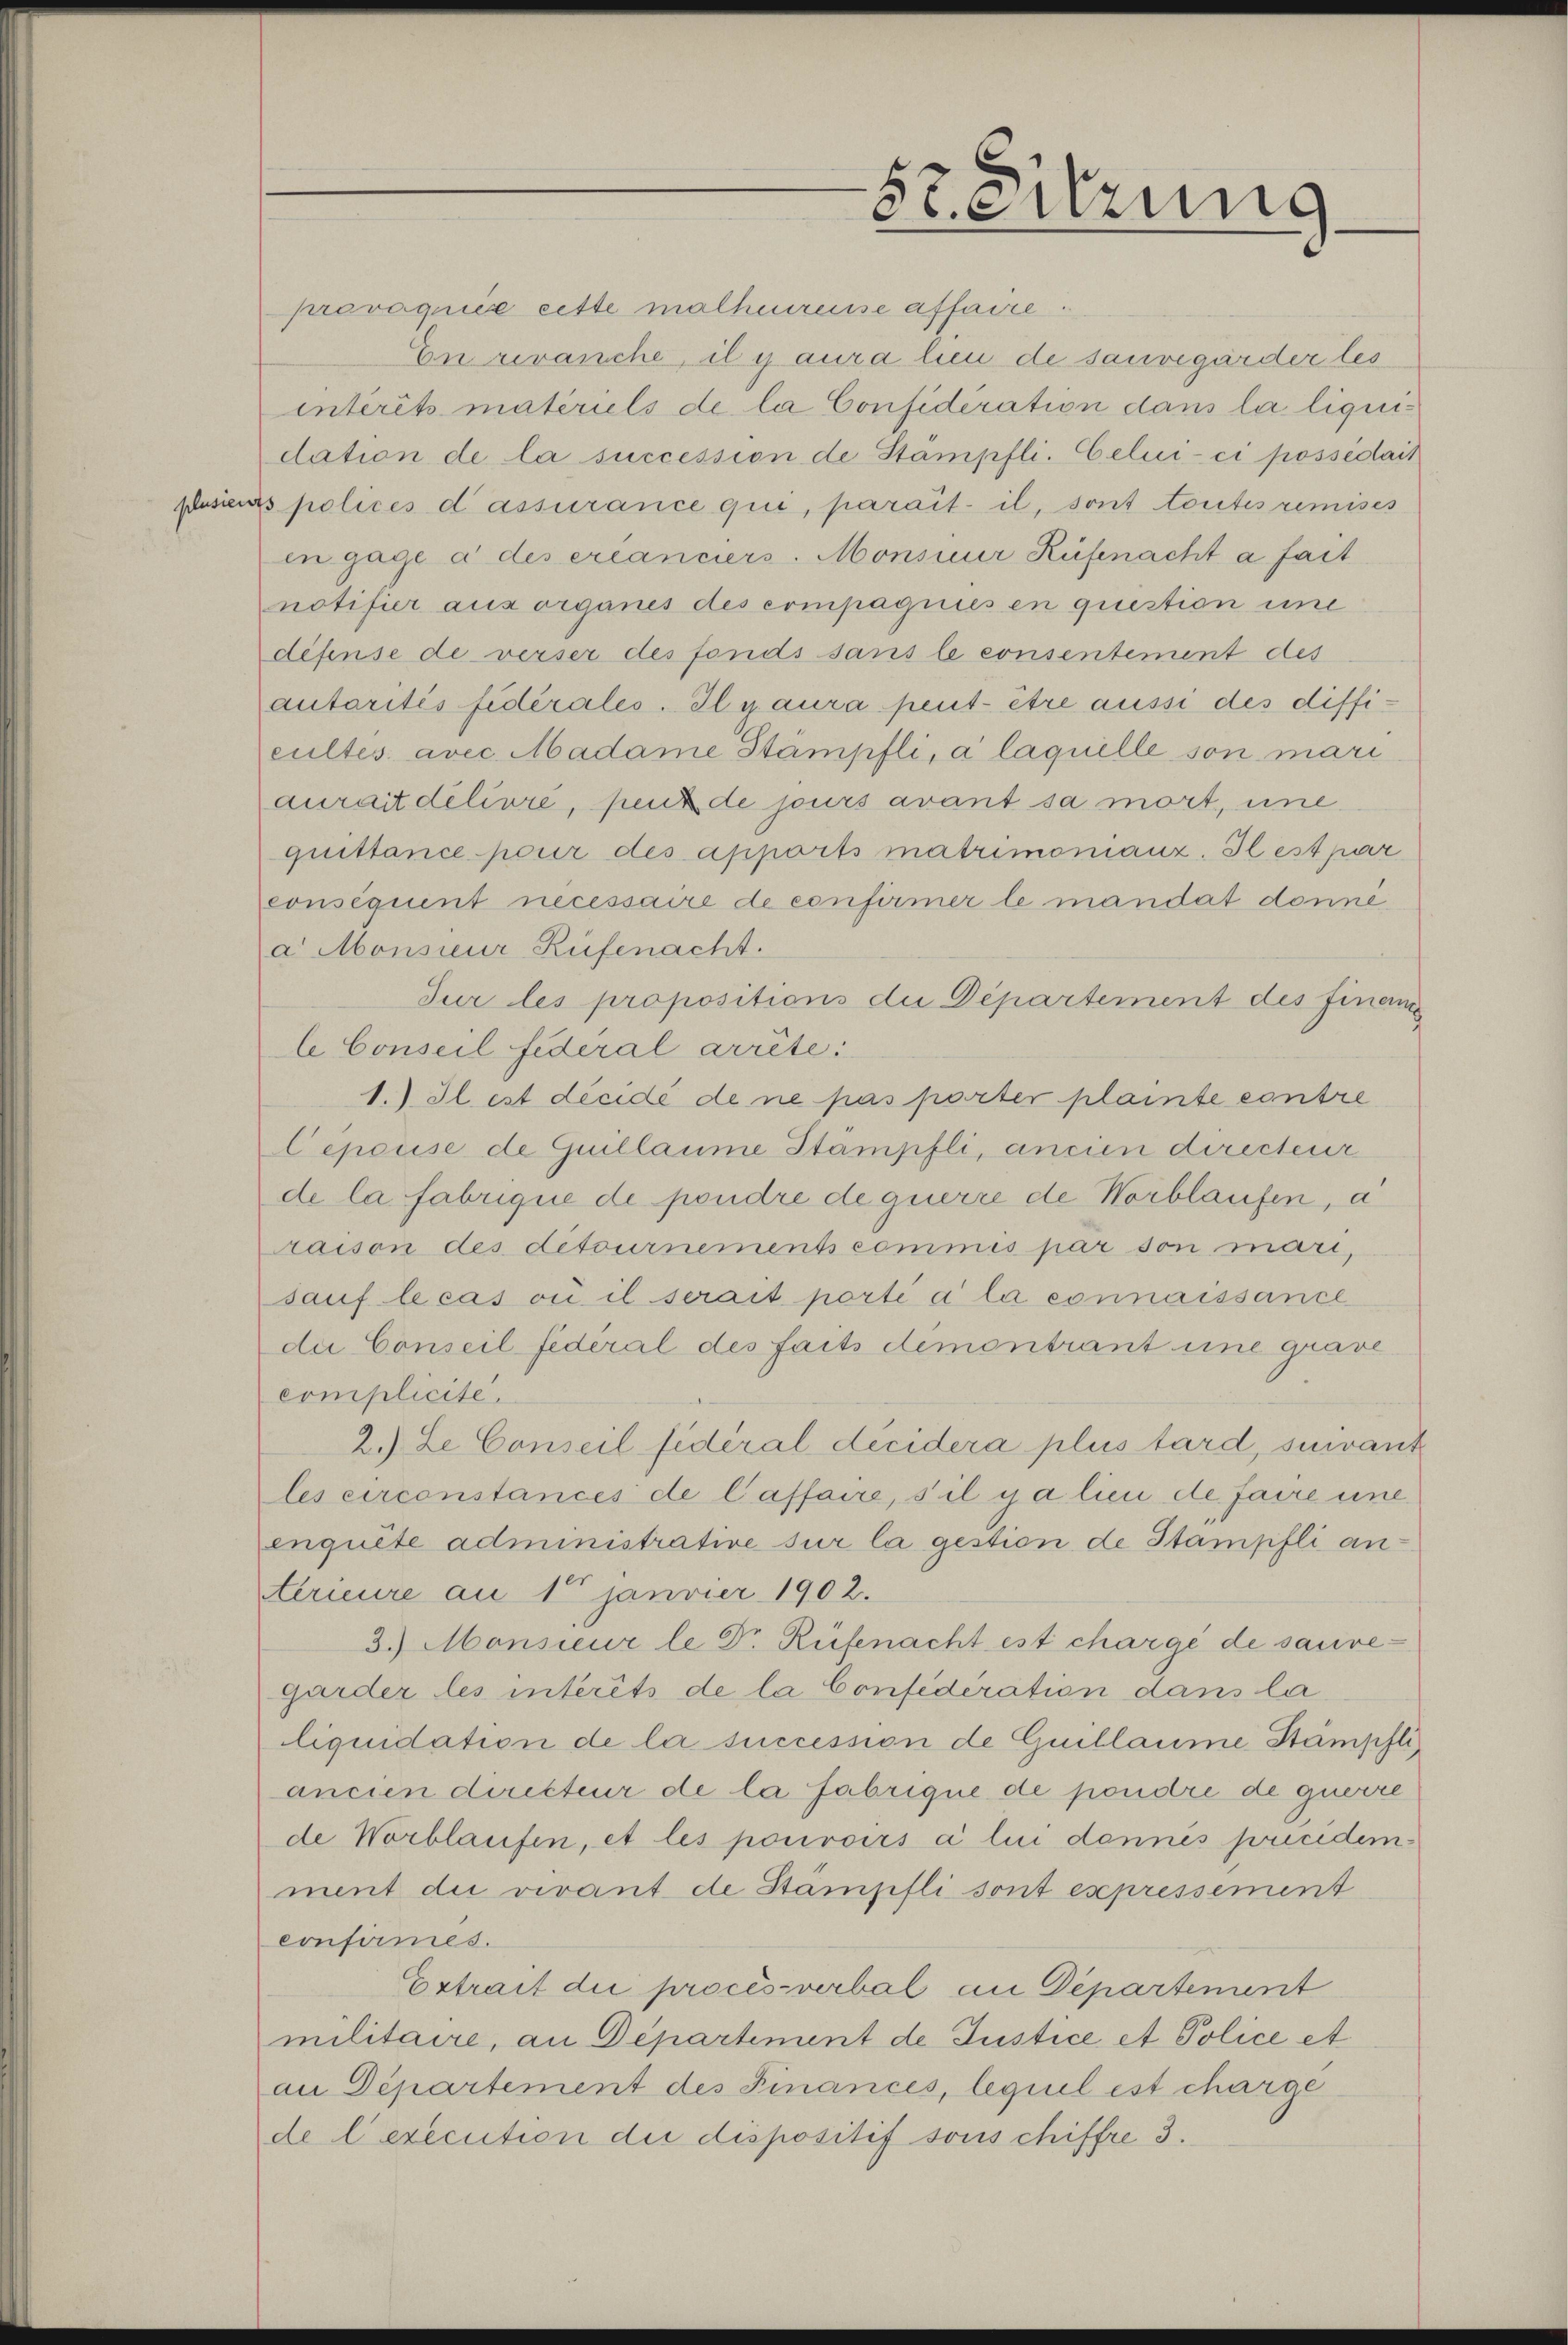
sli

usier

Steirung

provaquiis eitte malheureise affaire.
En zranche, il y aura lieu de sauvegärderles
interit materiels de la Considération dans la liquidation de la succession de Stämpfli. Celui-ci possédait
B polices d assurance qui, parait. il, sont toutes remises
in gage à des créanciers. Monsieur Rüfenacht a fait
notifier aus organes des compagnies en question une
difense de verser des fonds sans le consentement des
autaritis fidérales. Il y aura peut être aussi des difficultés avec Madame Stampfli, à laquelle son mari
aurait délivre, peut de jours avant sa mort, une
quittance pour des apports matrimomanz. Il est par
conséquent necessaire de confirmer le mandat donné
a Monsieur-Rüfenacht.
Jur les propositions die Departement des finem
le Conseil federal arrête:
1. Il est décidé de ne pas porter plainte contre
lepouise de Guillaume Stampfli, ancien directeur
de la fabrique de pondre de guerre de Worblaufen, a
raison des detournements commis par son mari,
sauf le cas où il serait porti a la connaissance
die Conseil fédéral des faits demontrant eine grave
complicite.
2. Le Conseil fédéral décidera plus tard, suivant
les circonstances de laffaire, s’il y a lieu de faire une
engute administrative sur la gestion de Stampfli anterieure an 1 Janvier 1902.
3.) Monsieur le Dr. Rüfenacht est chargé de sauve¬
Garder les intérêts de la Confederation dans la
lliquidation de la succession de Guillaume Stämpfli
ancien direkteur de la fabrique de pondre de querre
de Worblaufen, et les pouvoirs à lui dennis précidem
ment die verant de Stämpfli sont expressement
confirmes.
Extrait die procès-verbal an Departement
militaire, an Departement de Justice et Police et
an Departement des Finances, lequel est charge
de lexecution die dispositif sous chiffre 3.